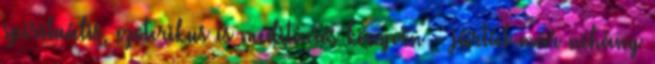
spirituális, ezoterikus és meditációs könyvön - jártál már néhány